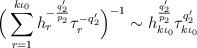
LaTeX: \begin{align*}\Big(\sum_{r=1}^{k \iota_0 } h_r^{-\frac{q_2'}{p_2}} \tau_r^{-q_2'}\Big)^{-1} \sim h_{k\iota_0 }^{\frac{q_2'}{p_2}} \tau_{k\iota_0}^{q_2'}\end{align*}